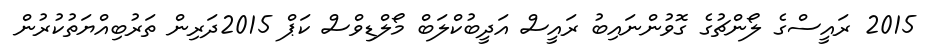
2015 ރައީސްގެ ލޯންޗުގެ ގޮވުންނައިބު ރައީސް އަދީބުކްލަބް މޯލްޑިވްސް ކަޕް 2015ދަރިން ތަރުބިއްޔަތުކުރުން